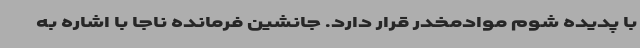
با پدیده شوم موادمخدر قرار دارد. جانشین فرمانده ناجا با اشاره به